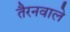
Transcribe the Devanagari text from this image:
तैरनवाले